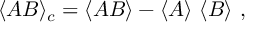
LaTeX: \langle { \cal A } { \cal B } \rangle _ { c } = \langle { \cal A } { \cal B } \rangle - \langle { \cal A } \rangle ~ \langle { \cal B } \rangle ~ ,